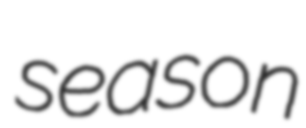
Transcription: season